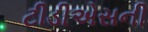
ટીડીએસની